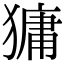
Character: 㺎